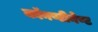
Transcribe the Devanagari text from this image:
काॅनण्टीनेण्ट